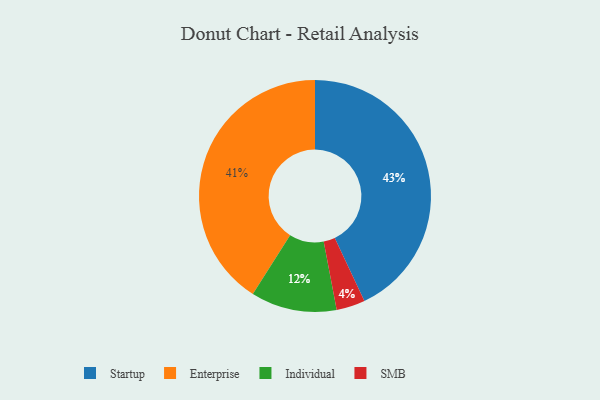
{"axis": {"x": "Category", "y": "Percentage"}, "legend": ["Enterprise", "Individual", "SMB", "Startup"], "data": [{"x": "Individual", "y": 12, "type": "Individual"}, {"x": "Startup", "y": 43, "type": "Startup"}, {"x": "SMB", "y": 4, "type": "SMB"}, {"x": "Enterprise", "y": 41, "type": "Enterprise"}]}